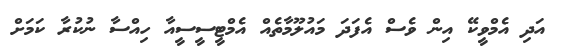
އަދި އެމްވީކޭ އިން ވެސް އެފަދަ މައުލޫމާތެއް އެމްޓީސީސީއާ ހިއްސާ ނުކުރާ ކަމަށް